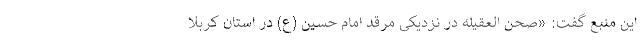
این منبع گفت: «صحن العقیله در نزدیکی مرقد امام حسین (ع) در استان کربلا